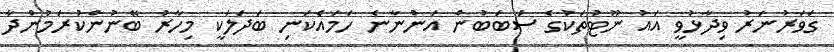
ގަވަރުނަރު ވިދާޅުވީ އައު ނޫޓުތަކުގެ ސަބަބުން އަންނާނެ ހަމައެކަނި ބަދަލަކީ މިހާރު ބޭނުންކުރަމުންދާ